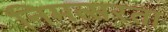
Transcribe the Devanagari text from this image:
निमत्सरता